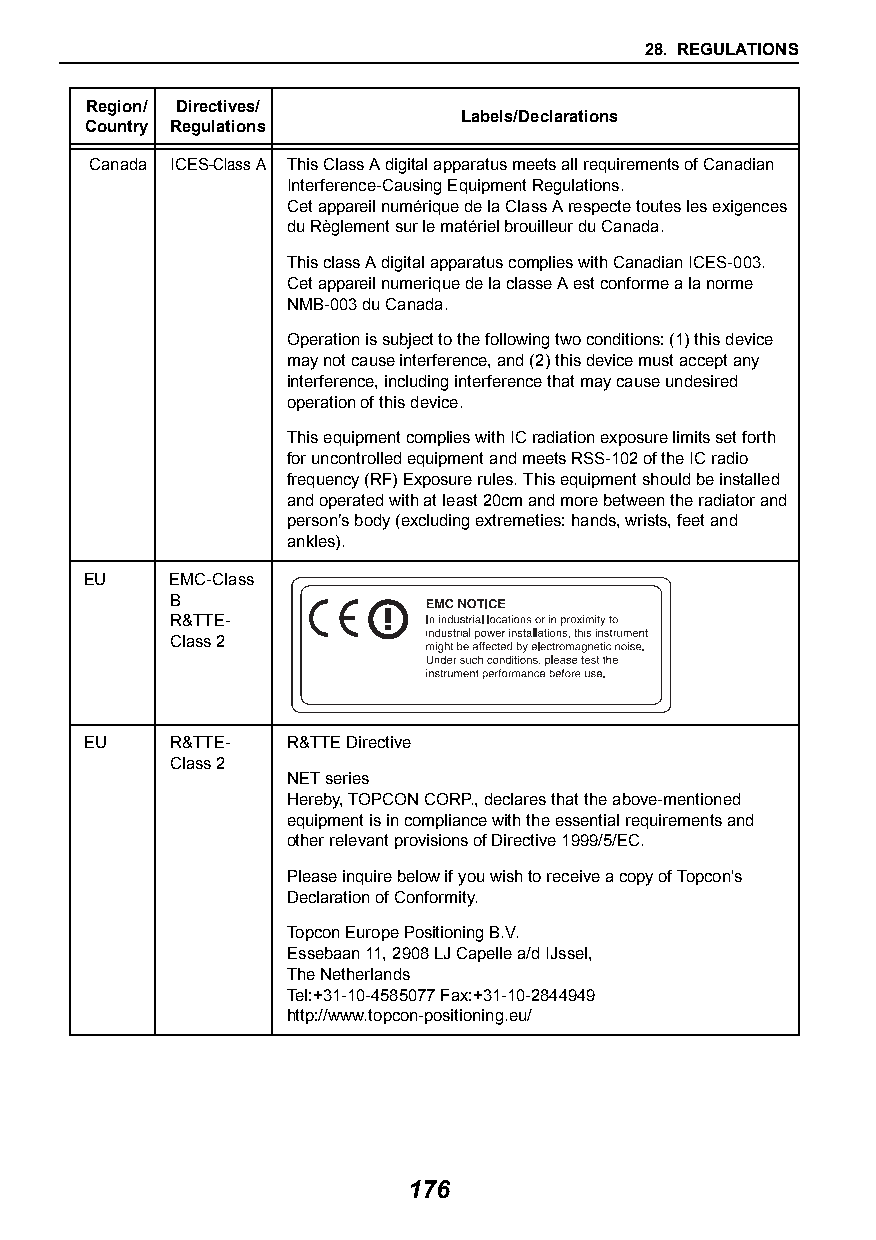
28. REGULATIONS
 Region/ Directives/
 Labels/Declarations
 Country Regulations
 Canada ICES-Class A This Class A digital apparatus meets all requirements of Canadian
 Interference-Causing Equipment Regulations.
 Cet appareil numérique de la Class A respecte toutes les exigences
 du Règlement sur le matériel brouilleur du Canada.
 This class A digital apparatus complies with Canadian ICES-003.
 Cet appareil numerique de la classe A est conforme a la norme
 NMB-003 du Canada.
 Operation is subject to the following two conditions: (1) this device
 may not cause interference, and (2) this device must accept any
 interference, including interference that may cause undesired
 operation of this device.
 This equipment complies with IC radiation exposure limits set forth
 for uncontrolled equipment and meets RSS-102 of the IC radio
 frequency (RF) Exposure rules. This equipment should be installed
 and operated with at least 20cm and more between the radiator and
 person’s body (excluding extremeties: hands, wrists, feet and
 ankles).
 EU   EMC-Class
 B
 R&TTE-
 Class 2
 EU   R&TTE-  R&TTE Directive
 Class 2
 NET series
 Hereby, TOPCON CORP., declares that the above-mentioned
 equipment is in compliance with the essential requirements and
 other relevant provisions of Directive 1999/5/EC.
 Please inquire below if you wish to receive a copy of Topcon's
 Declaration of Conformity.
 Topcon Europe Positioning B.V.
 Essebaan 11, 2908 LJ Capelle a/d IJssel,
 The Netherlands
 Tel:+31-10-4585077 Fax:+31-10-2844949
 http://www.topcon-positioning.eu/
 176